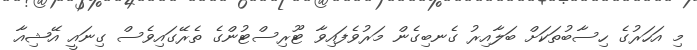
މި އަހަރުގެ ހިސާބުތަކަށް ބަލާއިރު ގެނބިގެން މަރުވެފައިވާ ޓޫރިސްޓުންގެ ތެރޭގައިވެސް ގިނައީ އޭޝިއާ